Calcutta medical institutions reports 1879-81 [i.e.91]
Year: 1879
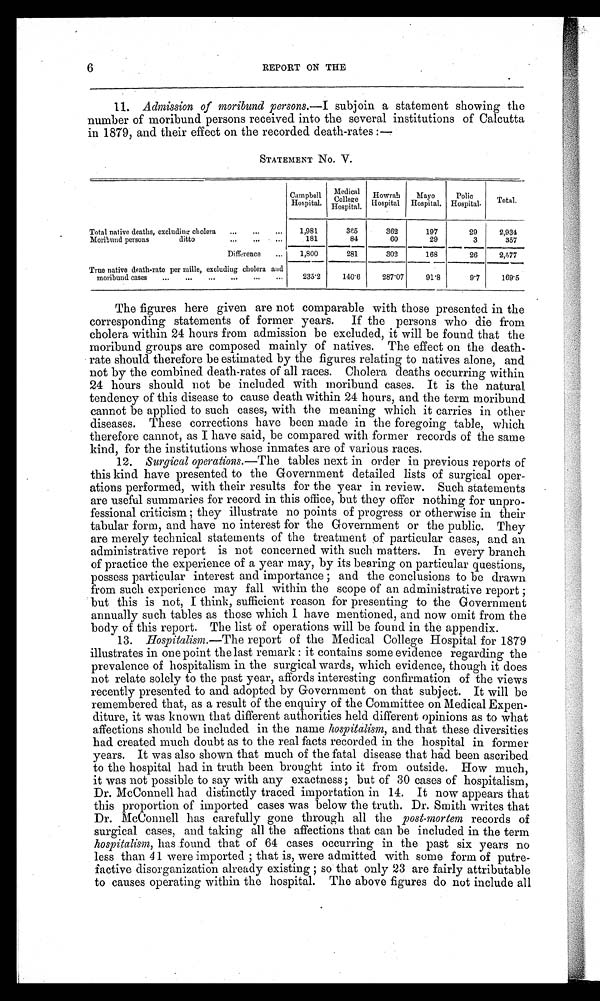
6
REPORT ON THE
11. Admission of moribund persons.—I subjoin a statement showing the
number of moribund persons received into the several institutions of Calcutta
in 1879, and their effect on the recorded death-rates:—
STATEMENT NO. V.
Campbell
Hospital.
Medical
College
Hospital.
Howrah
Hospital.
Mayo
Hospital.
Pol i c
Hospital.
Total.
Total native deaths, excluding cholera
...
...
...
1,981
3 6 5
362
197
29
2,934
Moribund persons
ditto
...
...
181
84
60
29
3
357
Difference
...
1,800
281
302
168
26
2,577
True native death-rate per mille, excluding cholera and
moribund cases
...
...
...
...
...
...
235.2
140.6
287.07
91.8
9.7
169.5
The figures here given are not comparable with those presented in the
corresponding statements of former years. If the persons who die from
cholera within 24 hours from admission be excluded, it will be found that the
moribund groups are composed mainly of natives. The effect on the death-
rate should therefore be estimated by the figures relating to natives alone, and
not by the combined death-rates of all races. Cholera deaths occurring within
24 hours should not be included with moribund cases. It is the natural
tendency of this disease to cause death within 24 hours, and the term moribund
cannot be applied to such cases, with the meaning which it carries in other
diseases. These corrections have been made in the foregoing table, which
therefore cannot, as I have said, be compared with former records of the same
kind, for the institutions whose inmates are of various races.
12. Surgical operations.— The tables next in order in previous reports of
this kind have presented to the Government detailed lists of surgical oper-
ations performed, with their results for the year in review. Such statements
are useful summaries for record in this office, but they offer nothing for unpro-
fessional criticism; they illustrate no points of progress or otherwise in their
tabular form, and have no interest for the Government or the public. They
are merely technical statements of the treatment of particular cases, and an
administrative report is not concerned with such matters. In every branch
of practice the experience of a year may, by its bearing on particular questions,
possess particular interest and importance; and the conclusions to be drawn
from such experience may fall within the scope of an administrative report;
but this is not, I think, sufficient reason for presenting to the Government
annually such tables as those which I have mentioned, and now omit from the
body of this report. The list of operations will be found in the appendix.
13.
Hospitalism.—The report of the Medical College Hospital for 1879
illustrates in one point the last remark: it contains some evidence regarding the
prevalence of hospitalism in the surgical wards, which evidence, though it does
not relate solely to the past year, affords interesting confirmation of the views
recently presented to and adopted by Government on that subject. It will be
remembered that, as a result of the enquiry of the Committee on Medical Expen-
diture, it was known that different authorities held different opinions as to what
affections should be included in the name hospitalism, and that these diversities
had created much doubt as to the real facts recorded in the hospital in former
years. It was also shown that much of the fatal disease that had been ascribed
to the hospital had in truth been brought into it from outside. How much,
it was not possible to say with any exactness; but of 30 cases of hospitalism,
Dr. McConnell had distinctly traced importation in 14. It now appears that
this proportion of imported cases was below the truth. Dr. Smith writes that
Dr. McConnell has carefully gone through all the post-mortem records of
surgical cases, and taking all the affections that can be included in the term
hospitalism, has found that of 64 cases occurring in the past six years no
less than 41 were imported; that is, were admitted with some form of putre-
factive disorganization already existing; so that only 23 are fairly attributable
to causes operating within the hospital. The above figures do not include all